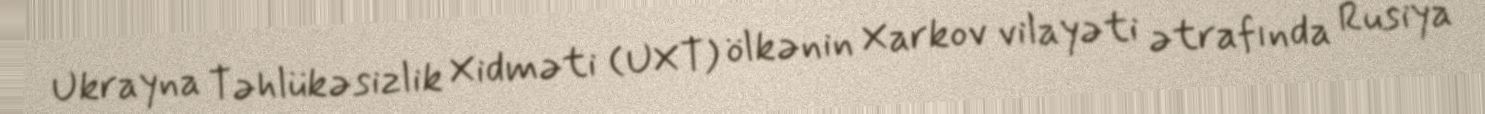
Ukrayna Təhlükəsizlik Xidməti (UXT) ölkənin Xarkov vilayəti ətrafında Rusiya